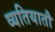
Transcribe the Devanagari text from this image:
व्यतियातौ